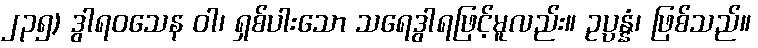
၂၃၅) ဒွါရဝသေန ဝါ၊ ရှစ်ပါးသော သရေဒွါရဖြင့်မူလည်း။ ဥပ္ပန္နံ၊ ဖြစ်သည်။